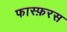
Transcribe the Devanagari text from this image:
फास्फ़रस